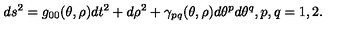
d s ^ { 2 } = g _ { 0 0 } ( \theta , \rho ) d t ^ { 2 } + d \rho ^ { 2 } + \gamma _ { p q } ( \theta , \rho ) d \theta ^ { p } d \theta ^ { q } , { } p , q = 1 , 2 .